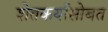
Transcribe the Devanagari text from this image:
शेतकर्यांसोबत